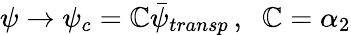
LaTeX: \psi\rightarrow\psi_{c}=\mathbb{C}\bar{{\psi}}_{transp}\, ,\; \; \mathbb{C}=\alpha_{2}